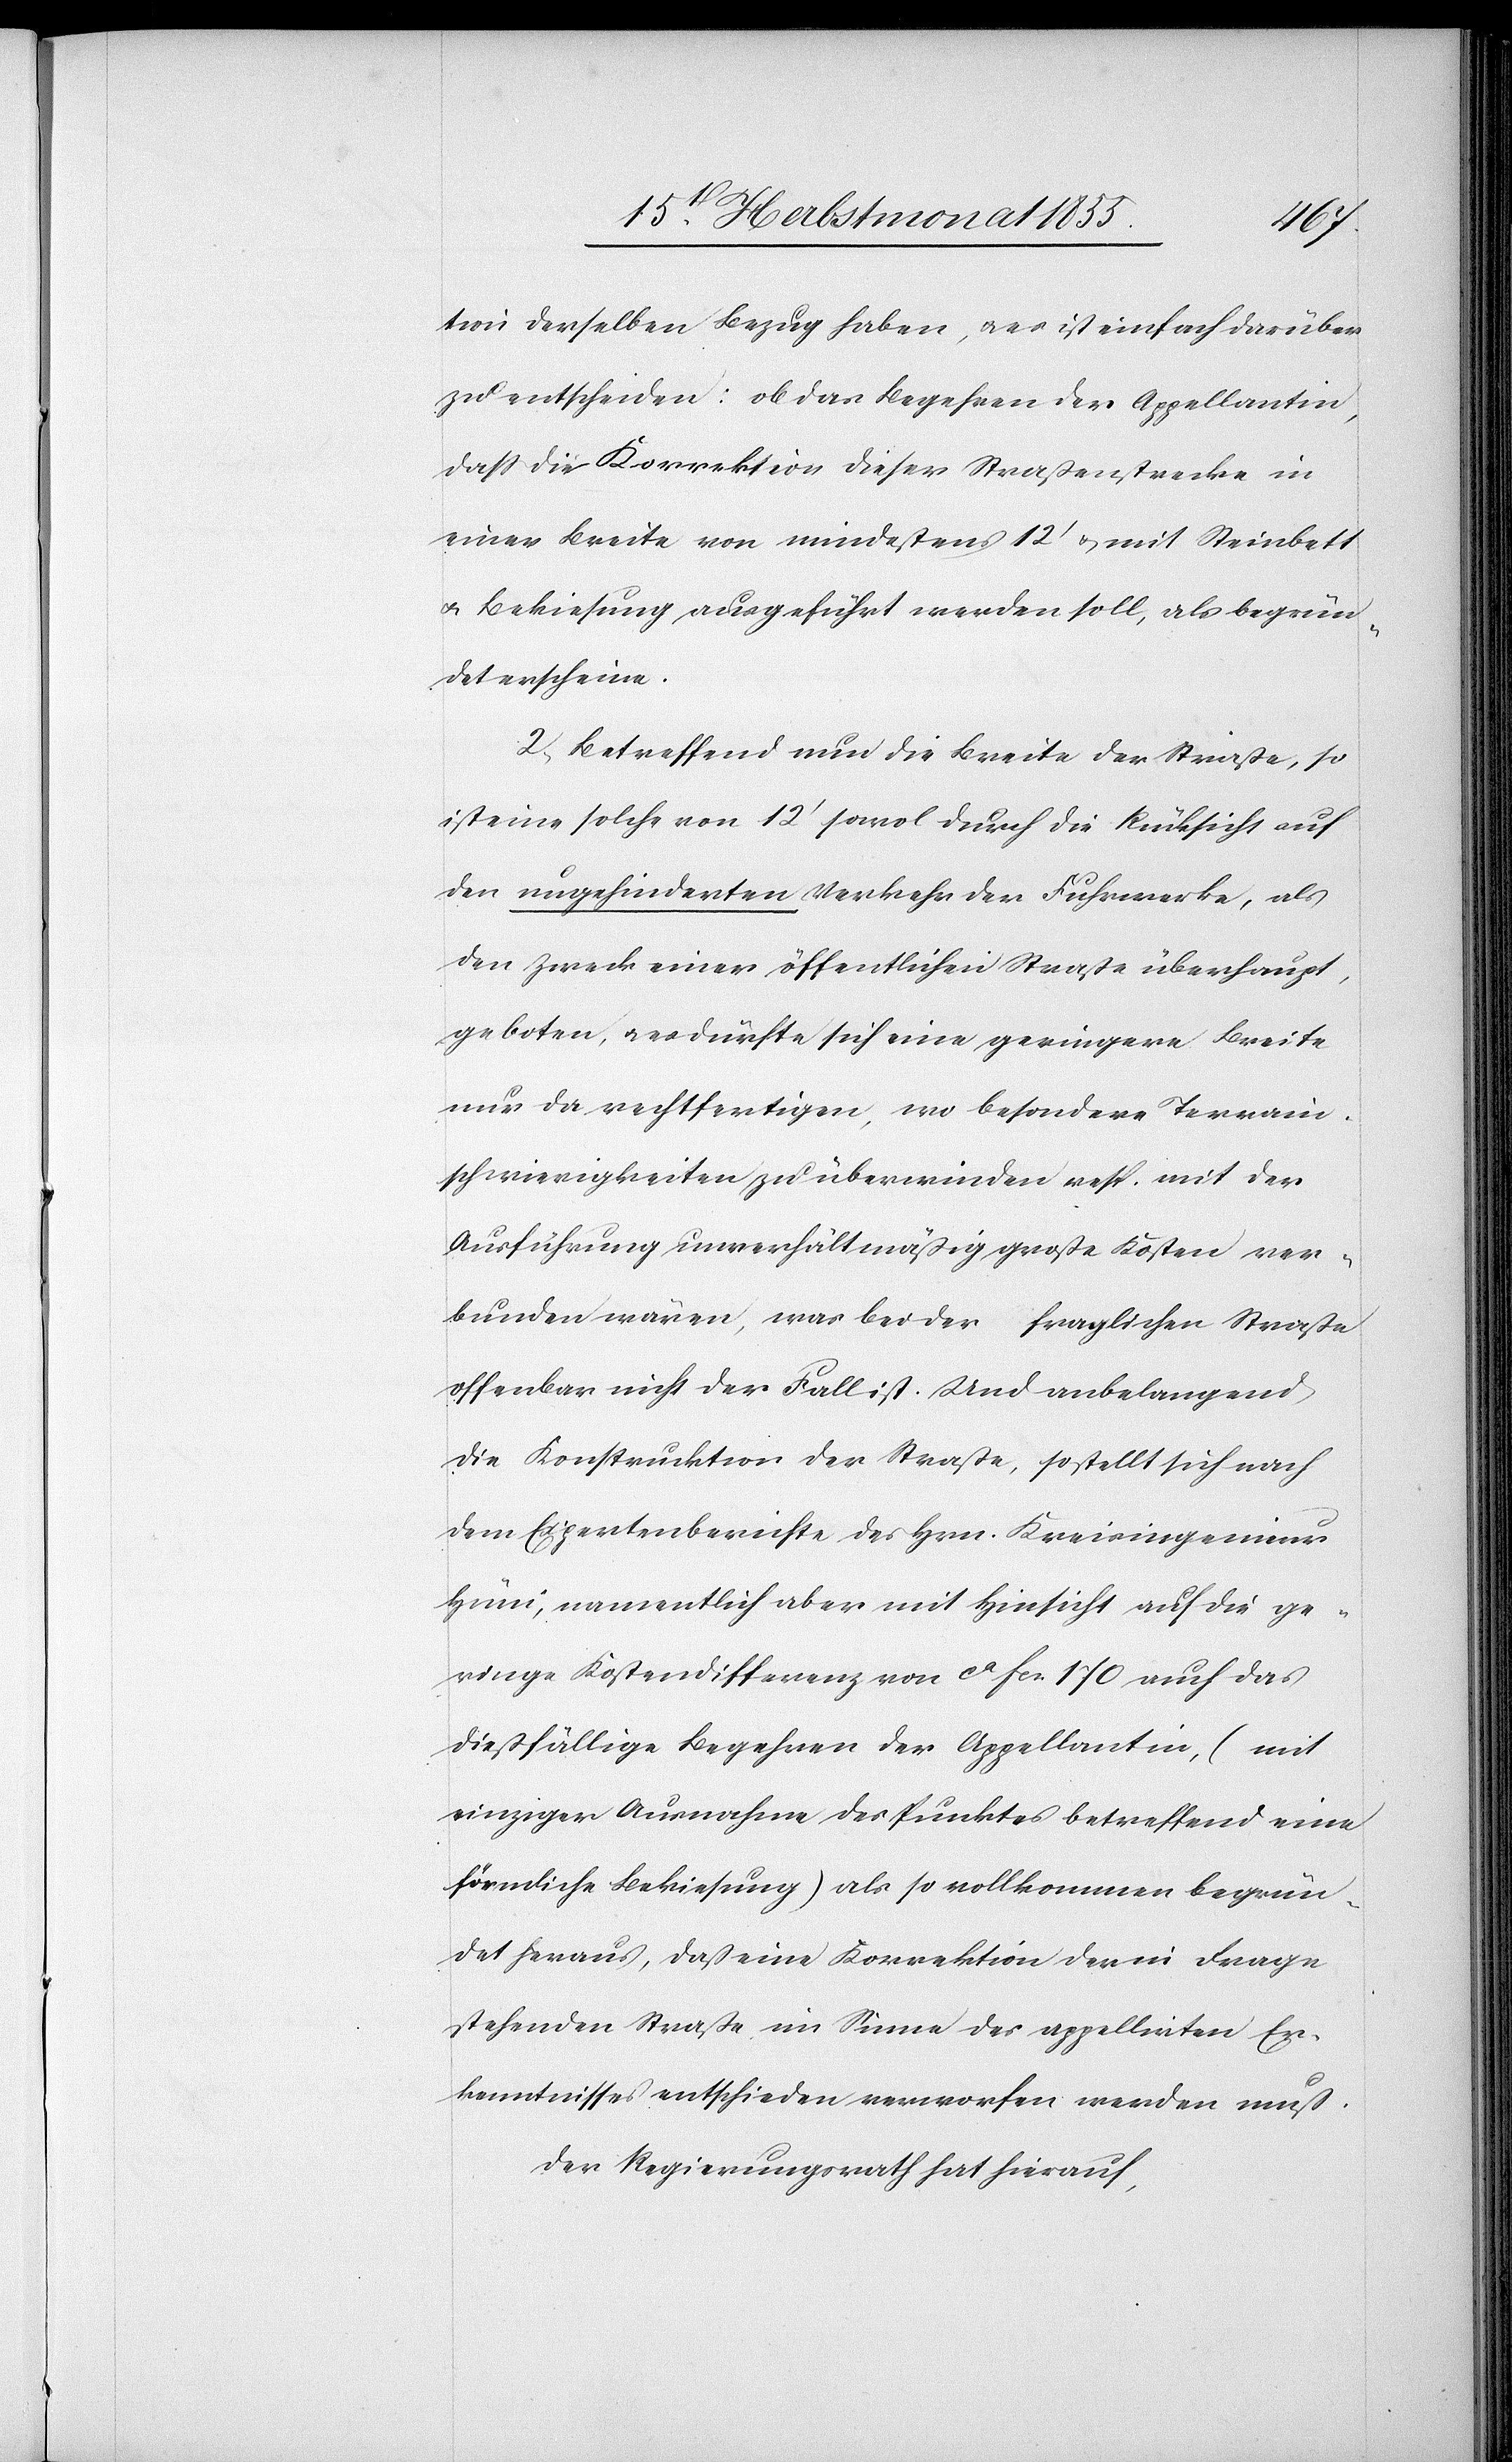
tion derselben Bezug haben, & es ist einfach darüber
zu entscheiden: ob das Begehren der Appellantin,
dass die Korrektion dieser Straßenstrecke in
einer Breite von mindestens 12‘ & mit Steinbett
& Bekiesung ausgeführt werden soll, als begrün¬
det erscheine.
2, Betreffend nun die Breite der Straße, so
ist eine solche von 12‘ sowol durch die Rücksicht auf
den ungehinderten Verkehr der Fuhrwerke, als
den Zweck einer öffentlichen Straße überhaupt,
geboten, & es dürfte sich eine geringere Breite
nur da rechtfertigen, wo besondere Terrain¬
schwierigkeiten zu überwinden resp. mit der
Ausführung unverhält[niß]mäßig große Kosten ver¬
bunden wären, was bei der fraglichen Straße
offenbar nicht der Fall ist. Und anbelangend
die Konstruktion der Straße, so stellt sich nach
dem Expertenberichte des Hrn. Kreisingenieur
Hüni, namentlich aber mit Hinsicht auf die ge¬
ringe Kostendifferenz von ca Fcs. 170 auch das
dießfällige Begehren der Appellantin, (mit
einziger Ausnahme des Punktes betreffend eine
förmliche Bekiesung) als so vollkommen begrün¬
det heraus, daß eine Korrektion der in Frage
stehenden Straße im Sinne des appellirten Er¬
kenntnisses entschieden verworfen werden muß.
Der Regierungsrath hat hierauf,